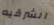
الشرقيه